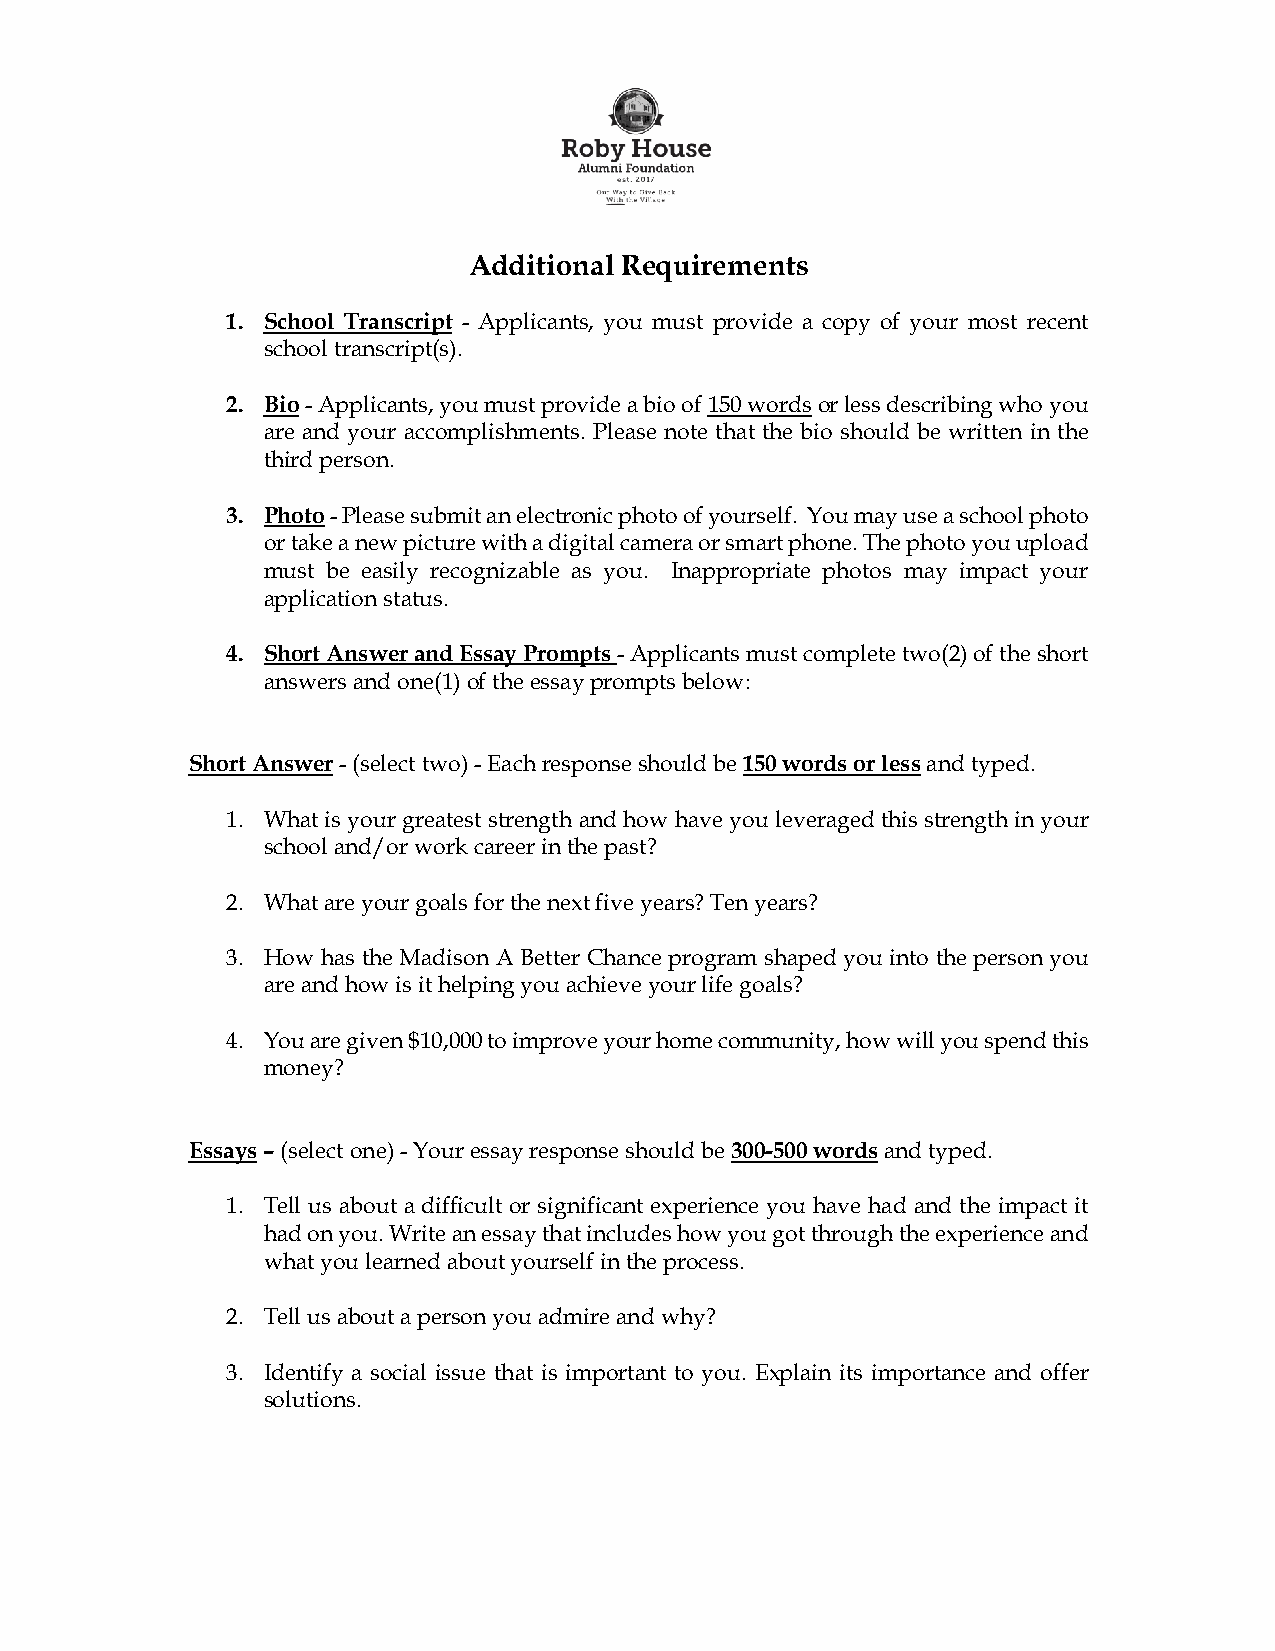
Additional Requirements
 1. School Transcript - Applicants, you must provide a copy of your most recent
 school transcript(s).
 2. Bio - Applicants, you must provide a bio of 150 words or less describing who you
 are and your accomplishments. Please note that the bio should be written in the
 third person.
 3. Photo - Please submit an electronic photo of yourself. You may use a school photo
 or take a new picture with a digital camera or smart phone. The photo you upload
 must be easily recognizable as you. Inappropriate photos may impact your
 application status.
 4. Short Answer and Essay Prompts - Applicants must complete two(2) of the short
 answers and one(1) of the essay prompts below:
 Short Answer - (select two) - Each response should be 150 words or less and typed.
 1. What is your greatest strength and how have you leveraged this strength in your
 school and/or work career in the past?
 2. What are your goals for the next five years? Ten years?
 3. How has the Madison A Better Chance program shaped you into the person you
 are and how is it helping you achieve your life goals?
 4. You are given $10,000 to improve your home community, how will you spend this
 money?
 Essays – (select one) - Your essay response should be 300-500 words and typed.
 1. Tell us about a difficult or significant experience you have had and the impact it
 had on you. Write an essay that includes how you got through the experience and
 what you learned about yourself in the process.
 2. Tell us about a person you admire and why?
 3. Identify a social issue that is important to you. Explain its importance and offer
 solutions.